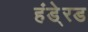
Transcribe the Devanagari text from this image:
हंडे्रड